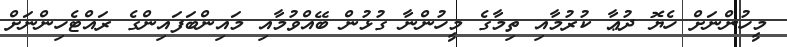
މީހުންނަށް ހެޔޮ ދުޢާ ކުރުމާއި ތިމާގެ މީހުންނާ ގުޅުން ބޭއްވުމާއި މައިންބަފައިންގެ ރައްޓެހިންނަށް